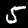
Digit: 5